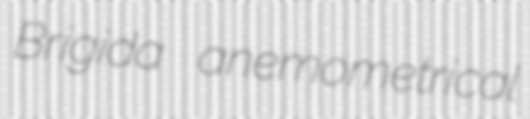
Brigida anemometrical